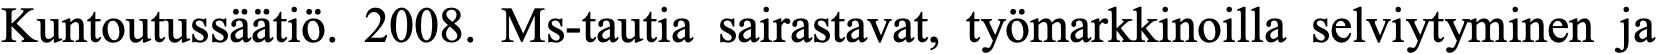
Kuntoutussäätiö. 2008. Ms-tautia sairastavat, työmarkkinoilla selviytyminen ja